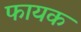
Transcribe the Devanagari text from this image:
फायक